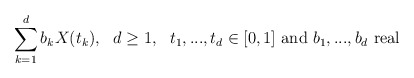
\begin{align*}\sum_{k=1}^d b_kX(t_k),\ \ d\geq 1,\ \ t_1,...,t_d \in [0,1]\ \textrm{and}\ b_1,...,b_d\ \textrm{real}\end{align*}